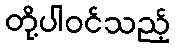
တို့ပါဝင်သည့်